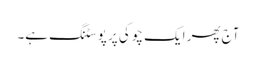
آج پھر ایک چوکی پر پوسٹنگ ہے۔